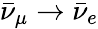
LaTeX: \bar{\nu}_{\mu}\rightarrow\bar{\nu}_{e}